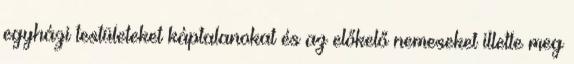
egyházi testületeket káptalanokat és az előkelő nemeseket illette meg